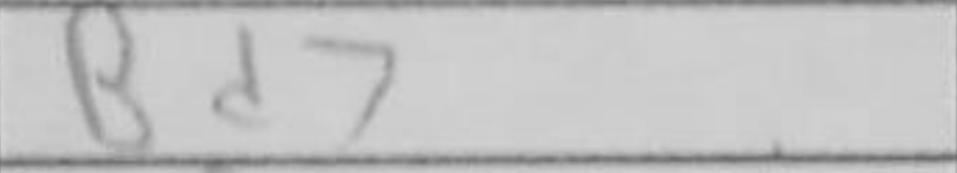
Transcription: Bd7